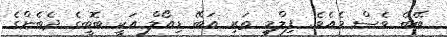
ބޭބެ ވެސް މެއެވެ. ފިލްމީ ތަރި އަބޭ ޑިއޯލް އަކީ ބޮބީގެ ދެބެންގެ